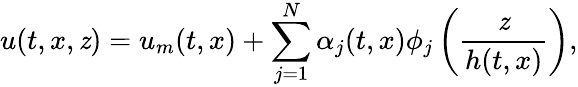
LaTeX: u(t,x,\mathit{z})=u_{m}(t,x)+\sum_{j=1}^{N}\alpha_{j}(t,x)\phi_{j}\left(\frac{{\mathit{z}}}{{h(t,x)}}\right),